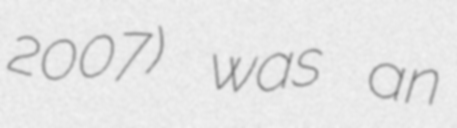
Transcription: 2007) was an